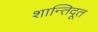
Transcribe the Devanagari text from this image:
शान्तिदूत